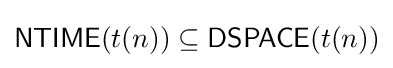
{\mathsf {NTIME}}(t(n))\subseteq {\mathsf {DSPACE}}(t(n))